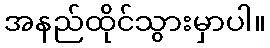
အနည်ထိုင်သွားမှာပါ။